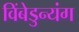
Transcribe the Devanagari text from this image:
विंबेडुन्यंग